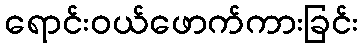
ရောင်းဝယ်ဖောက်ကားခြင်း